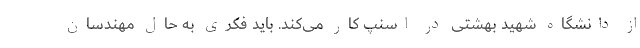
از دانشگاه شهید بهشتی در اسنپ کار می‌کند. باید فکری به حال مهندسان